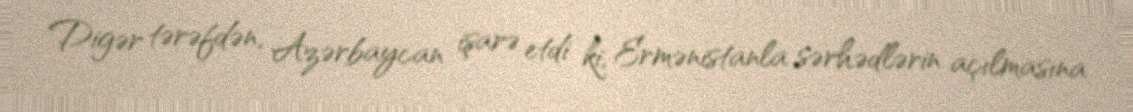
Digər tərəfdən, Azərbaycan işarə etdi ki, Ermənistanla sərhədlərin açılmasına